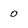
Character: 0